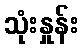
သုံးနှုန်း